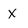
Character: x